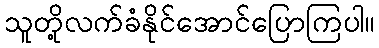
သူတို့လက်ခံနိုင်အောင်ပြောကြပါ။